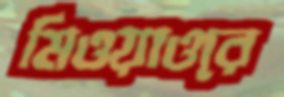
মিওয়াওরে